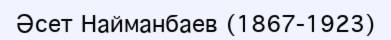
Әсет Найманбаев (1867-1923)